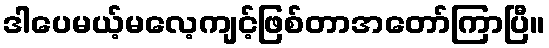
ဒါပေမယ့်မလေ့ကျင့်ဖြစ်တာအတော်ကြာပြီ။